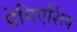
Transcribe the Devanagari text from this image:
प्रेमिएर्शिप